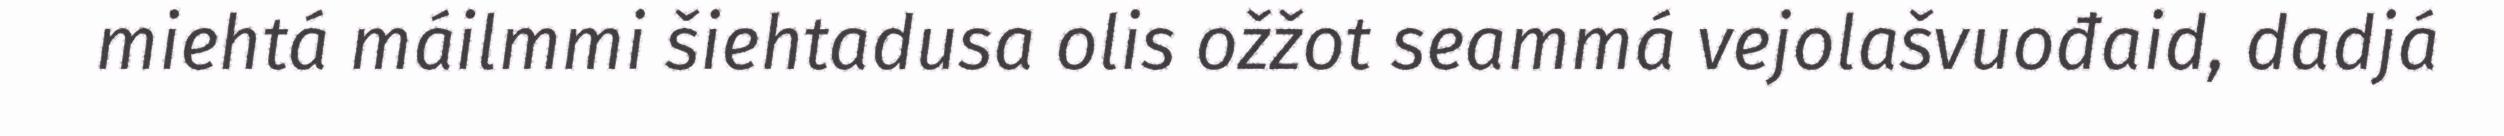
miehtá máilmmi šiehtadusa olis ožžot seammá vejolašvuođaid, dadjá